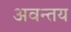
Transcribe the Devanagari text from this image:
अवन्तय